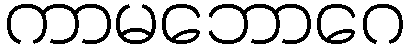
ကာမဘောဂေ